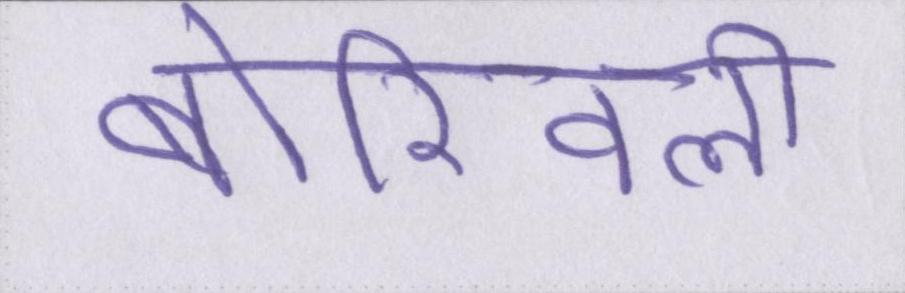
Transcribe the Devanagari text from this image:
बोरिवली